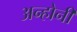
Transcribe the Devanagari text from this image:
अन्होनी